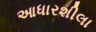
આધારશીલા